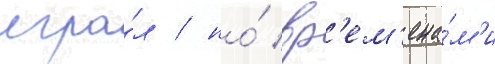
игра́л / но́ вр'ем'ена́м'и